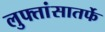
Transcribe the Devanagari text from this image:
लुफ्तांसातर्फे